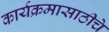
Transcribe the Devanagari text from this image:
कार्यक्रमासाठीचे